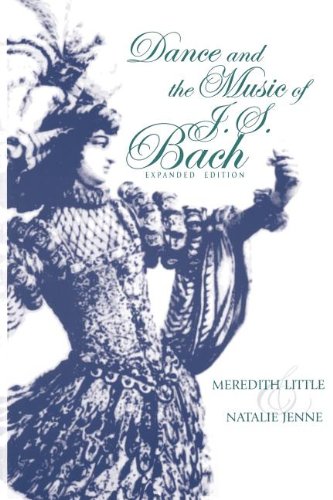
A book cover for Dance and the Music of J. S. Bach: Expanded Edition; Meredith Little; Humor & Entertainment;